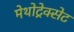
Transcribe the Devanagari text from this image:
मेथोट्रेक्सेट